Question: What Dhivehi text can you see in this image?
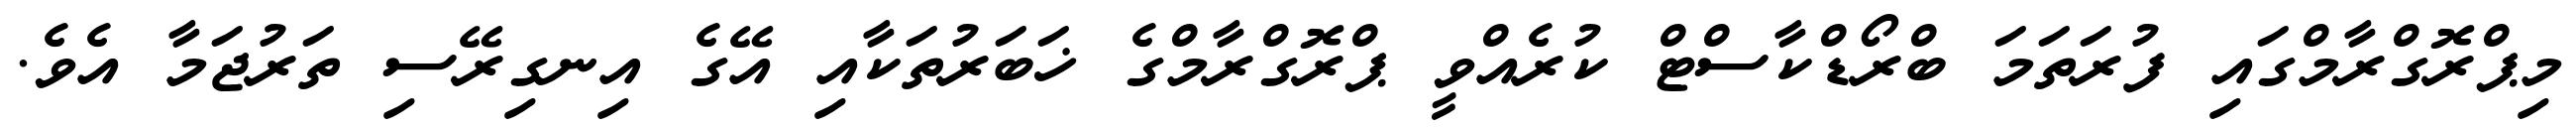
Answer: މިޕްރޮގްރާމްގައި ފުރަތަމަ ބްރޯޑްކާސްޓް ކުރެއްވީ ޕްރޮގްރާމްގެ ޚަބަރުތަކާއި އޭގެ އިނގިރޭސި ތަރުޖަމާ އެވެ.